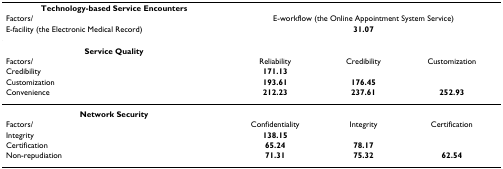
<table><thead><tr><td><b>Technology-based Service Encounters</b></td><td></td><td></td><td></td></tr><tr><td><b>Factors/</b></td><td colspan="3"><b>E-workflow (the Online Appointment System Service)</b></td></tr><tr><td><b>E-facility (the Electronic Medical Record)</b></td><td colspan="3"><b>31.07</b></td></tr></thead><tbody><tr><td><b>Service Quality</b></td><td></td><td></td><td></td></tr><tr><td>Factors/</td><td>Reliability</td><td>Credibility</td><td>Customization</td></tr><tr><td>Credibility</td><td><b>171.13</b></td><td></td><td></td></tr><tr><td>Customization</td><td><b>193.61</b></td><td><b>176.45</b></td><td></td></tr><tr><td>Convenience</td><td><b>212.23</b></td><td><b>237.61</b></td><td><b>252.93</b></td></tr><tr><td><b>Network Security</b></td><td></td><td></td><td></td></tr><tr><td>Factors/</td><td>Confidentiality</td><td>Integrity</td><td>Certification</td></tr><tr><td>Integrity</td><td><b>138.15</b></td><td></td><td></td></tr><tr><td>Certification</td><td><b>65.24</b></td><td><b>78.17</b></td><td></td></tr><tr><td>Non-repudiation</td><td><b>71.31</b></td><td><b>75.32</b></td><td><b>62.54</b></td></tr></tbody></table>